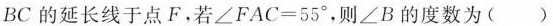
BC的延长线于点F。若$$∠ F A C = 5 5 °$$，则∠B的度数为( )